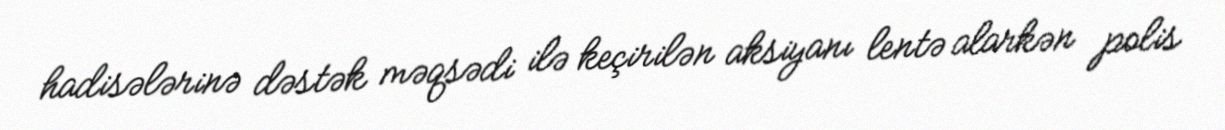
hadisələrinə dəstək məqsədi ilə keçirilən aksiyanı lentə alarkən polis